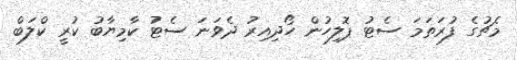
މެޗުގެ ފުރަތަމަ ސެޓު ޕޮލިހުން ހޯދިއިރު ދެވަނަ ސެޓު ކާމިޔާބު ކުރީ ކްލަބް